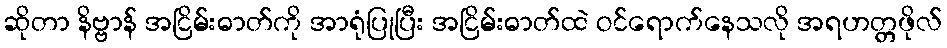
ဆိုတာ နိဗ္ဗာန် အငြိမ်းဓာတ်ကို အာရုံပြုပြီး အငြိမ်းဓာတ်ထဲ ဝင်ရောက်နေသလို အရဟတ္တဖိုလ်